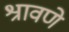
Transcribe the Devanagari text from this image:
श्रावणे